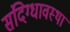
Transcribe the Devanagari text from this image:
संदिग्धावस्था